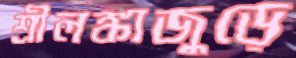
শ্রীলঙ্কাজুড়ে